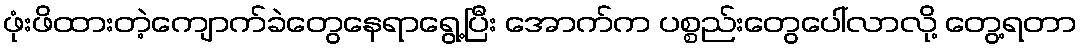
ဖုံးဖိထားတဲ့ကျောက်ခဲတွေနေရာရွေ့ပြီး အောက်က ပစ္စည်းတွေပေါ်လာလို့ တွေ့ရတာ